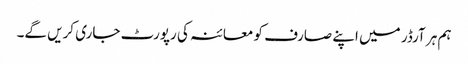
ہم ہر آرڈر میں اپنے صارف کو معائنہ کی رپورٹ جاری کریں گے۔